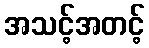
အသင့်အတင့်